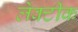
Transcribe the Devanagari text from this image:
लेक्टीक